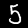
Digit: 5